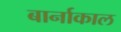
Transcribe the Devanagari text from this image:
बार्नाकाल